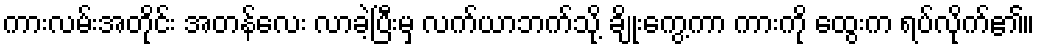
ကားလမ်းအတိုင်း အတန်လေး လာခဲ့ပြီးမှ လက်ယာဘက်သို့ ချိုးကွေ့ကာ ကားကို ထွေးက ရပ်လိုက်၏။